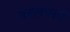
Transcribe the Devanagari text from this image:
तनावकारी